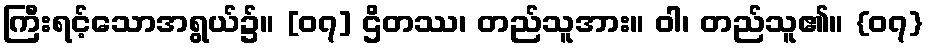
ကြီးရင့်သောအရွယ်၌။ [၀၇] ဌိတဿ၊ တည်သူအား။ ဝါ၊ တည်သူ၏။ {၀၇}